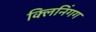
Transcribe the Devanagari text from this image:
क्लिनिंगग